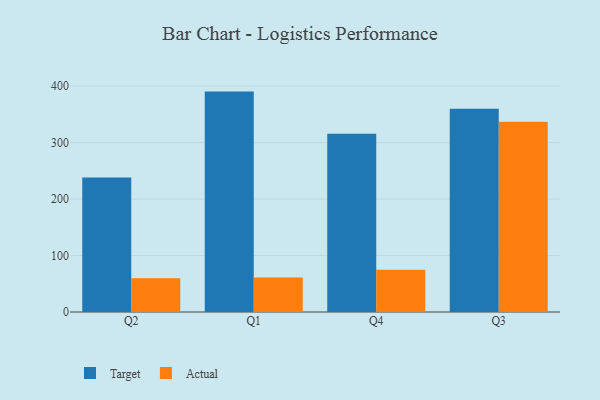
{"axis": {"x": "Quarter", "y": "LTV (USD)"}, "legend": ["Actual", "Target"], "data": [{"x": "Q2", "y": 238.3, "type": "Target"}, {"x": "Q2", "y": 59.8, "type": "Actual"}, {"x": "Q1", "y": 390.3, "type": "Target"}, {"x": "Q1", "y": 61.3, "type": "Actual"}, {"x": "Q4", "y": 315.6, "type": "Target"}, {"x": "Q4", "y": 74.8, "type": "Actual"}, {"x": "Q3", "y": 360.0, "type": "Target"}, {"x": "Q3", "y": 336.7, "type": "Actual"}]}